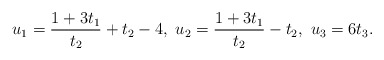
\begin{align*}u_1=\frac{1+3t_1}{t_2}+t_2-4,\ u_2=\frac{1+3t_1}{t_2}-t_2,\ u_3=6t_3.\end{align*}